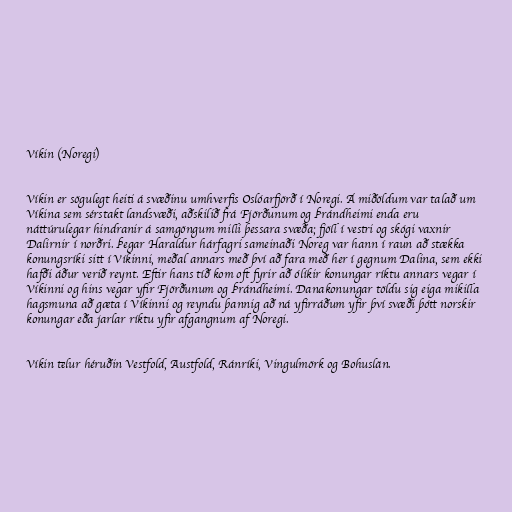
Víkin (Noregi)

Víkin er sögulegt heiti á svæðinu umhverfis Oslóarfjörð í Noregi. Á miðöldum var talað um
Víkina sem sérstakt landsvæði, aðskilið frá Fjörðunum og Þrándheimi enda eru
náttúrulegar hindranir á samgöngum milli þessara svæða; fjöll í vestri og skógi vaxnir
Dalirnir í norðri. Þegar Haraldur hárfagri sameinaði Noreg var hann í raun að stækka
konungsríki sitt í Víkinni, meðal annars með því að fara með her í gegnum Dalina, sem ekki
hafði áður verið reynt. Eftir hans tíð kom oft fyrir að ólíkir konungar ríktu annars vegar í
Víkinni og hins vegar yfir Fjörðunum og Þrándheimi. Danakonungar töldu sig eiga mikilla
hagsmuna að gæta í Víkinni og reyndu þannig að ná yfirráðum yfir því svæði þótt norskir
konungar eða jarlar ríktu yfir afgangnum af Noregi.

Víkin telur héruðin Vestfold, Austfold, Ránríki, Vingulmörk og Bohuslän.